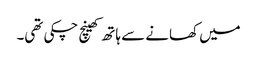
میں کھانے سے ہاتھ کھینچ چکی تھی۔